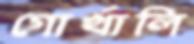
গোর্খালি